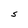
Character: S